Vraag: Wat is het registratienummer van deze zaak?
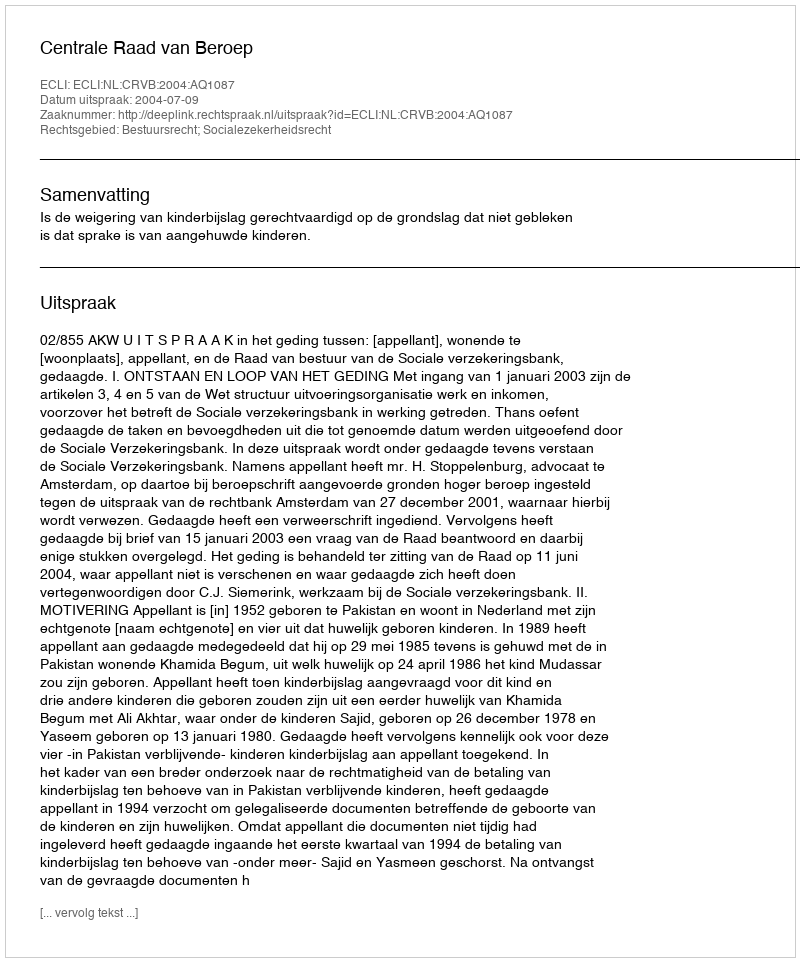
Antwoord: http://deeplink.rechtspraak.nl/uitspraak?id=ECLI:NL:CRVB:2004:AQ1087